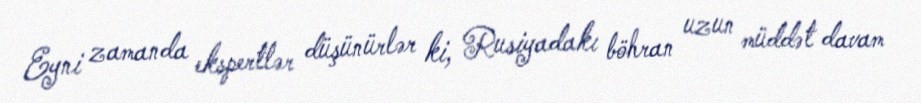
Eyni zamanda ekspertlər düşünürlər ki, Rusiyadakı böhran uzun müddət davam